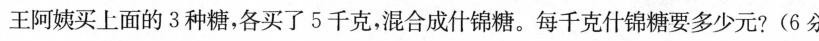
王阿姨买上面的3种糖，各买了5千克，混合成什锦糖。每千克什锦糖要多少元?(6分)